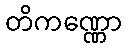
တိကဏ္ဏော